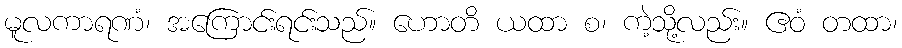
မူလကာရဏံ၊ အကြောင်းရင်းသည်။ ဟောတိ ယထာ စ၊ ကဲ့သို့လည်း။ ဧဝံ တထာ၊